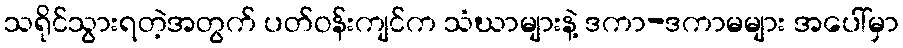
သရိုင်သွားရတဲ့အတွက် ပတ်ဝန်းကျင်က သံဃာများနဲ့ ဒကာ-ဒကာမများ အပေါ်မှာ